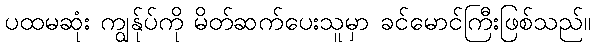
ပထမဆုံး ကျွန်ုပ်ကို မိတ်ဆက်ပေးသူမှာ ခင်မောင်ကြီးဖြစ်သည်။